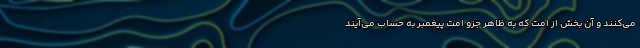
می‌کنند و آن بخش از امت که به ظاهر جزو امت پیغمبر به حساب می‌آیند